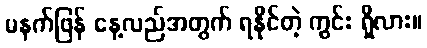
မနက်ဖြန် နေ့လည်အတွက် ရနိုင်တဲ့ ကွင်း ရှိလား။